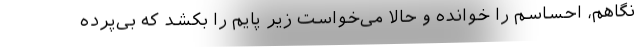
نگاهم، احساسم را خوانده و حالا می‌خواست زیر پایم را بکشد که بی‌پرده